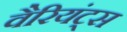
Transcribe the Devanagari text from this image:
वैरियंट्स